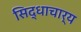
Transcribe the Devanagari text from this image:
सिद्धाचार्य